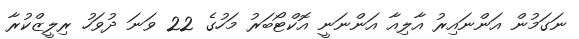
ނަގަމުން އަންނައިރު އާލިއާ އަންނަނީ އޮކްޓޯބަރު މަހުގެ 22 ވަނަ ދުވަހު ރިލީޒްކުރާ